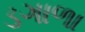
ડગાળા